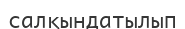
салқындатылып